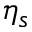
\eta _ { s }